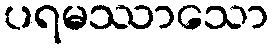
ပရမဿာသော